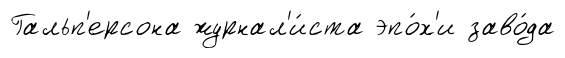
Гальп'ерсона журнал'и́ста эпо́х'и заво́да